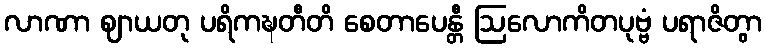
လာဏာ ဈာယတု ပရိကဍ္ဎတီတိ စေတာပေန္တီ ဩလောကိတပုဗ္ဗံ ပရာဇိတွာ